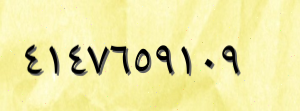
٤١٤٧٦٥٩١٠٩